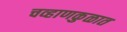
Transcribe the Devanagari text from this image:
चव्हाणकुळात